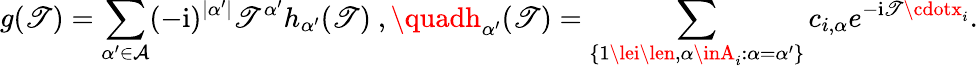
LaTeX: g(\mathscr{T})=\sum_{\alpha^{\prime}\in\mathcal{{A}}}(-\mathrm{{i}})^{\lvert\alpha^{\prime}\rvert}\mathscr{T}^{\alpha^{\prime}}h_{\alpha^{\prime}}(\mathscr{T})\ ,\quadh_{\alpha^{\prime}}(\mathscr{T})=\sum_{\{ 1\lei\len,\alpha\inA_{i}:\alpha=\alpha^{\prime}\} }c_{i,\alpha}e^{-\textrm{{i}}\mathscr{T}\cdotx_{i}}.